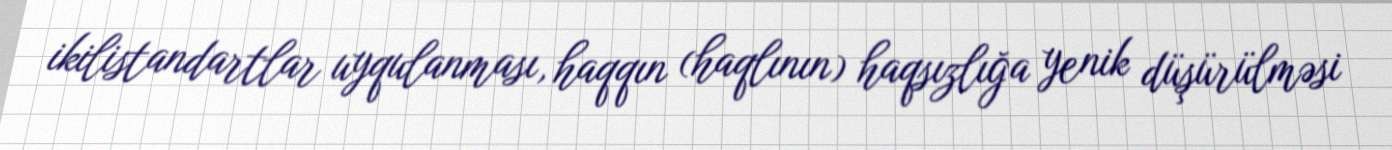
ikilistandartlar uyqulanması, haqqın (haqlının) haqsızlığa yenik düşürülməsi